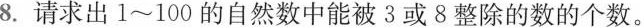
8.请求出1~100的自然数中能被3或8整除的数的个数。